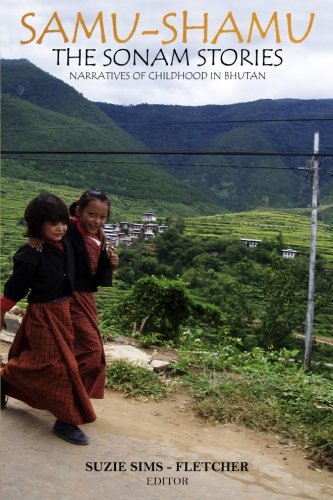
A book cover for Samu - Shamu: The Sonam Stories: Narratives of Childhood in Bhutan; Suzie Sims-Fletcher MA; Travel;